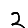
Digit: 2